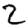
Digit: 2